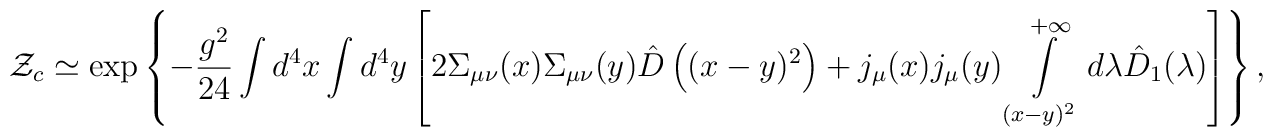
{\cal Z}_c\simeq\exp\left\{-\frac{g^2}{24}\int d^4x\int d^4y\left[2\Sigma_{\mu\nu}(x)\Sigma_{\mu\nu}(y)\hat D\left((x-y)^2\right)+j_\mu(x)j_\mu(y)\int\limits_{(x-y)^2}^{+\infty}d\lambda\hat D_1(\lambda)\right]\right\},